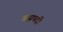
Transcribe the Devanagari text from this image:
ब्रह्मपदी